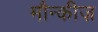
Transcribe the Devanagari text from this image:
मौन्कीज़